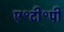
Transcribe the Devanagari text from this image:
ए॰टी॰पी